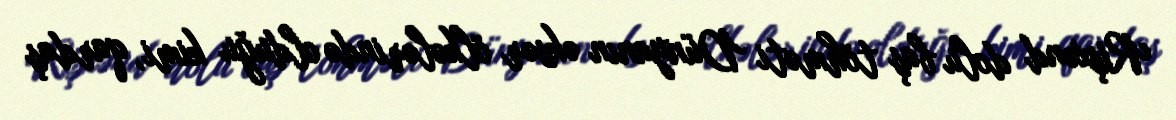
Rişxənd dolu baş töhməti Dünyanın əksər ölkələrində olduğu kimi, qardaş